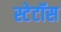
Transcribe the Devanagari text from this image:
स्टेटॉस